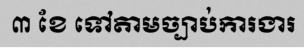
៣ ខែ ទៅតាមច្បាប់ការងារ